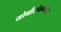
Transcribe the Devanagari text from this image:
योनीसंक्रमणास